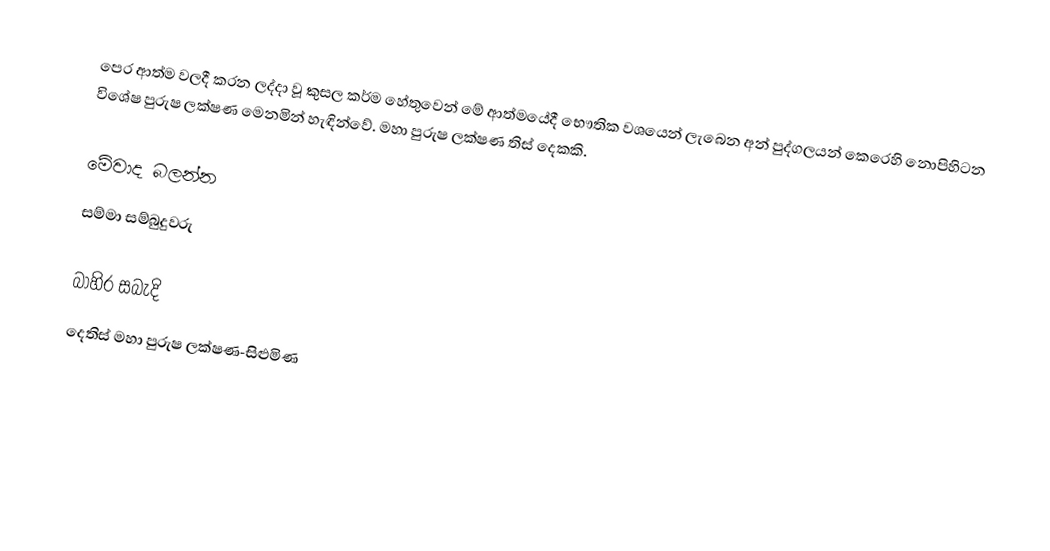
පෙර ආත්ම වලදී කරන ලද්දා වූ කුසල කර්ම හේතුවෙන් මේ ආත්මයේදී භෞතික වශයෙන් ලැබෙන අන් පුද්ගලයන් කෙරෙහි නොපිහිටන විශේෂ පුරුෂ ලක්ෂණ මෙනමින් හැඳින්වේ. මහා පුරුෂ ලක්ෂණ තිස් දෙකකි.

මේවාද බලන්න
 සම්මා සම්බුදුවරු

බාහිර සබැදි
දෙතිස් මහා පුරුෂ ලක්ෂණ-සිළුමිණ